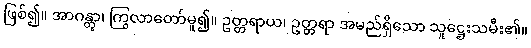
ဖြစ်၍။ အာဂန္တွာ၊ ကြွလာတော်မူ၍။ ဥတ္တရာယ၊ ဥတ္တရာ အမည်ရှိသော သူဋ္ဌေးသမီး၏။